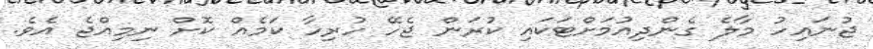
ޖުނައިހު މާލެ ގެންދިއުމަށްޓަކައި ކުރަން ޖެހޭ ހުރިހާ ކަމެއް ކޮށް ނިމިއްޖެ އެވެ.